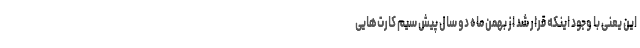
این یعنی با وجود اینکه قرار شد از بهمن ماه دو سال پیش سیم کارت‌هایی